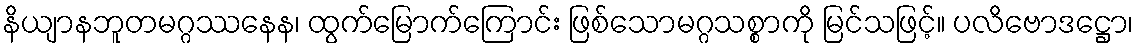
နိယျာနဘူတမဂ္ဂဿနေန၊ ထွက်မြောက်ကြောင်း ဖြစ်သောမဂ္ဂသစ္စာကို မြင်သဖြင့်။ ပလိဗောဒဋ္ဌော၊